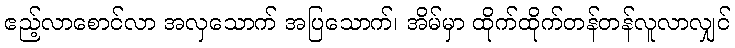
ဧည့်လာစောင်လာ အလှသောက် အပြသောက်၊ အိမ်မှာ ထိုက်ထိုက်တန်တန်လူလာလျှင်